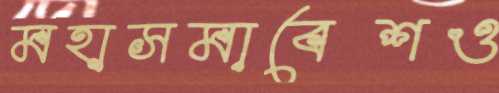
মহাসমাবেশও